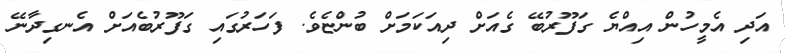
އަދި އެމީހުން އިއްޔެ ގަފޫރުބޭ ގެއަށް ދިއަކަމަށް ބުންޏެވެ. ފަހަރުގައި ގަފޫރުބެއަށް އެނގިދާނޭ